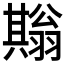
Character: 𦒙